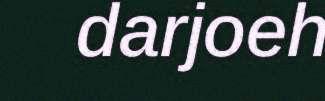
darjoeh